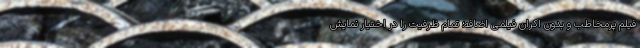
فیلم پرمخاطب و بدون اکران فیلمی اضافه؛ تمام ظرفیت را در اختیار نمایش